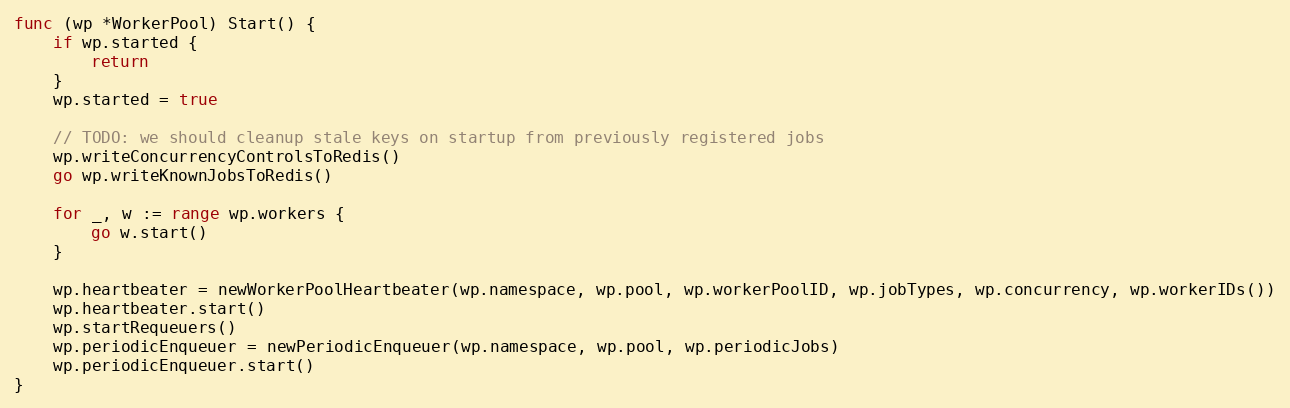
Language: Go
func (wp *WorkerPool) Start() {
	if wp.started {
		return
	}
	wp.started = true

	// TODO: we should cleanup stale keys on startup from previously registered jobs
	wp.writeConcurrencyControlsToRedis()
	go wp.writeKnownJobsToRedis()

	for _, w := range wp.workers {
		go w.start()
	}

	wp.heartbeater = newWorkerPoolHeartbeater(wp.namespace, wp.pool, wp.workerPoolID, wp.jobTypes, wp.concurrency, wp.workerIDs())
	wp.heartbeater.start()
	wp.startRequeuers()
	wp.periodicEnqueuer = newPeriodicEnqueuer(wp.namespace, wp.pool, wp.periodicJobs)
	wp.periodicEnqueuer.start()
}